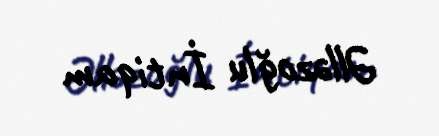
Əlləzoğlu İntiqam